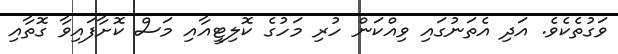
ވަގުތެކެވެ. އަދި އެތަނުގައި ވިއްކަން ހުރި މަހުގެ ކޮލިޓީއާއި މަސް ކޮށާފައިވާ ގޮތާއި